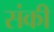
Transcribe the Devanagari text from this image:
संकी